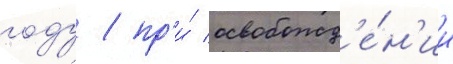
году / пр'и́ освобожд'е́н'ии